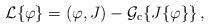
LaTeX: \begin{align*}{\cal{L}} \{ \varphi \} = ( \varphi , J) - {\cal{G}}_{\rm c} \{ J \{ \varphi \} \} \, , \end{align*}